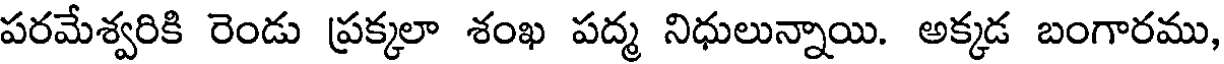
పరమేశ్వరికి రెండు ప్రక్కలా శంఖ పద్మ నిధులున్నాయి. అక్కడ బంగారము,